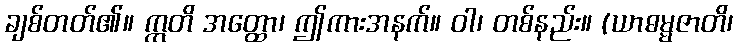
ချစ်တတ်၏။ ဣတိ အတ္ထော၊ ဤကားအနက်။ ဝါ၊ တစ်နည်း။ (ယာဓမ္မဇာတိ၊